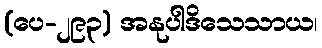
(ပေ-၂၉၃) အနုပါဒိသေသာယ၊